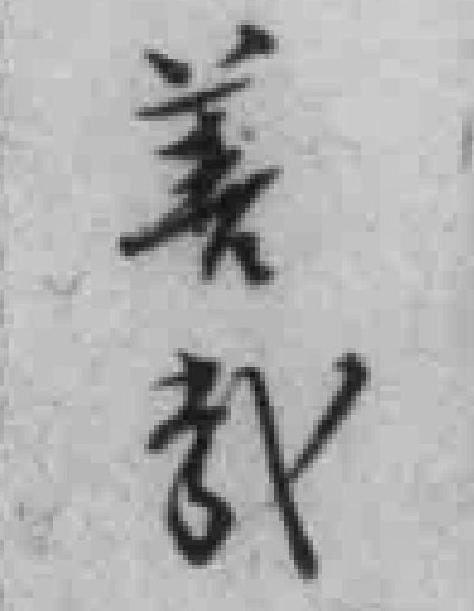
善哉